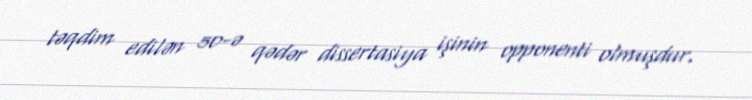
təqdim edilən 50-ə qədər dissertasiya işinin opponenti olmuşdur.